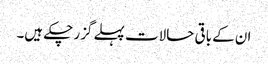
ان کے باقی حالات پہلے گزر چکے ہیں۔